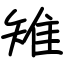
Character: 雉